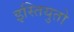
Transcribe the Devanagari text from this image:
इस्तियुतो